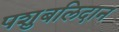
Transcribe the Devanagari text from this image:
पशुबलिदान